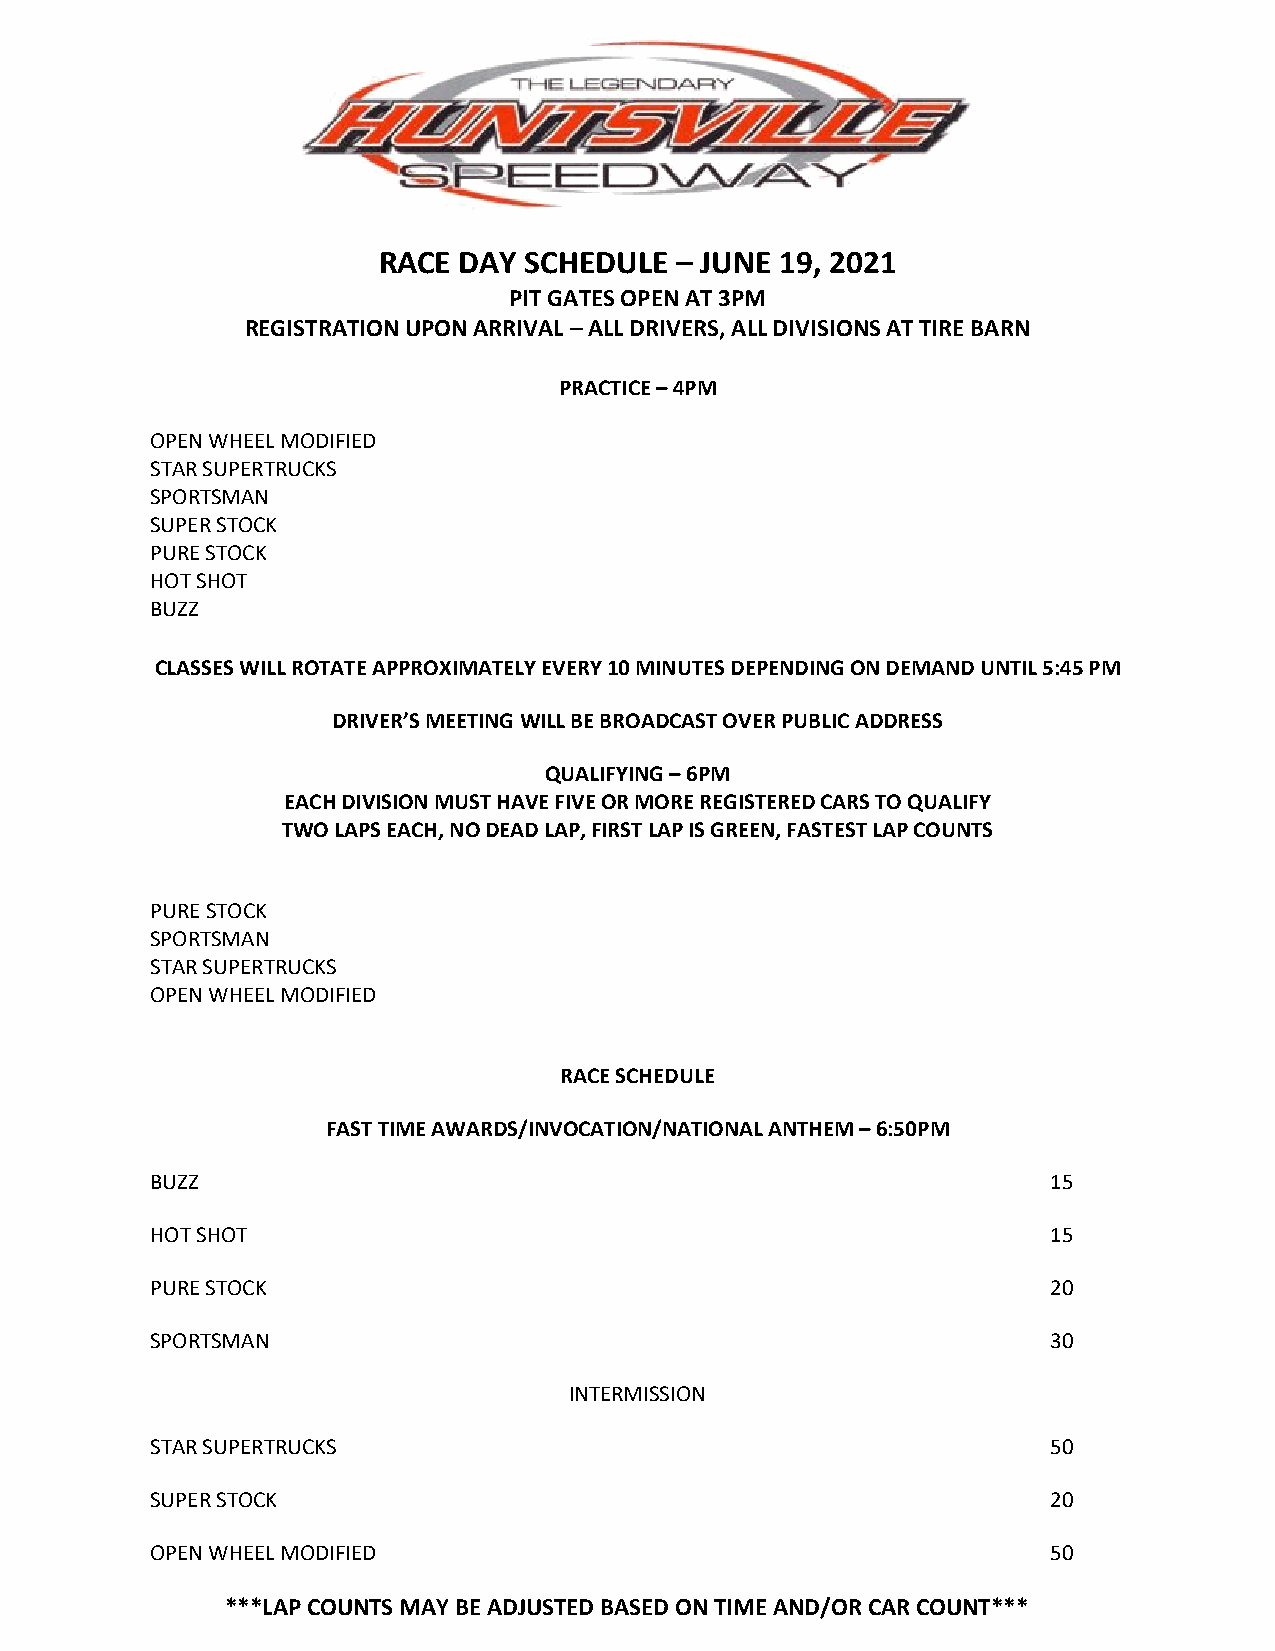
RACE DAY  SCHEDULE  – JUNE 19, 2021
 PIT GATES OPEN AT 3PM
 REGISTRATION UPON ARRIVAL – ALL DRIVERS, ALL DIVISIONS AT TIRE BARN
 PRACTICE – 4PM
 OPEN WHEEL MODIFIED
 STAR SUPERTRUCKS
 SPORTSMAN
 SUPER STOCK
 PURE STOCK
 HOT SHOT
 BUZZ
 CLASSES WILL ROTATE APPROXIMATELY EVERY 10 MINUTES DEPENDING ON DEMAND UNTIL 5:45 PM
 DRIVER’S MEETING WILL BE BROADCAST OVER PUBLIC ADDRESS
 QUALIFYING – 6PM
 EACH DIVISION MUST HAVE FIVE OR MORE REGISTERED CARS TO QUALIFY
 TWO LAPS EACH, NO DEAD LAP, FIRST LAP IS GREEN, FASTEST LAP COUNTS
 PURE STOCK
 SPORTSMAN
 STAR SUPERTRUCKS
 OPEN WHEEL MODIFIED
 RACE SCHEDULE
 FAST TIME AWARDS/INVOCATION/NATIONAL ANTHEM – 6:50PM
 BUZZ                                                        15
 HOT SHOT                                                    15
 PURE STOCK                                                  20
 SPORTSMAN                                                   30
 INTERMISSION
 STAR SUPERTRUCKS                                            50
 SUPER STOCK                                                 20
 OPEN WHEEL MODIFIED                                         50
 ***LAP COUNTS MAY BE ADJUSTED BASED ON TIME AND/OR CAR COUNT***